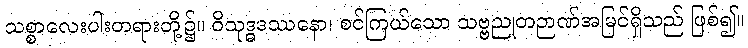
သစ္စာလေးပါးတရားတို့၌။ ဝိသုဒ္ဓဒဿနော၊ စင်ကြယ်သော သဗ္ဗညုတဉာဏ်အမြင်ရှိသည် ဖြစ်၍။